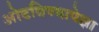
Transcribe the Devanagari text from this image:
ओढविण्यापेक्षा